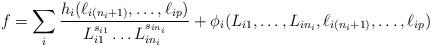
LaTeX: \begin{align*}f=\sum_i\frac{h_i(\ell_{i(n_i+1)},\dots,\ell_{ip})}{L_{i1}^{s_{i1}}\dots L_{in_i}^{s_{in_i}}}+\phi_i(L_{i1},\dots,L_{in_i},\ell_{i(n_i+1)},\dots,\ell_{ip})\end{align*}